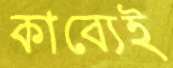
কাব্যেই